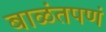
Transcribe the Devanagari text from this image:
बाळंतपणं